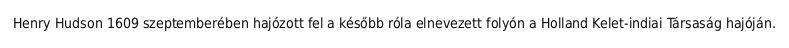
Henry Hudson 1609 szeptemberében hajózott fel a később róla elnevezett folyón a Holland Kelet-indiai Társaság hajóján.